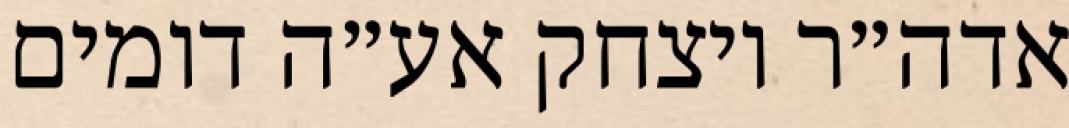
אדה״ר ויצחק אע״ה דומים